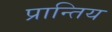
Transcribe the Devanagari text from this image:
प्रान्तिय